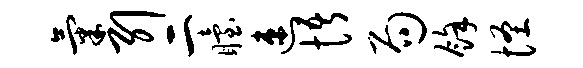
气引二眙速悟局余怪